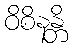
ဝိစိနန္တိ